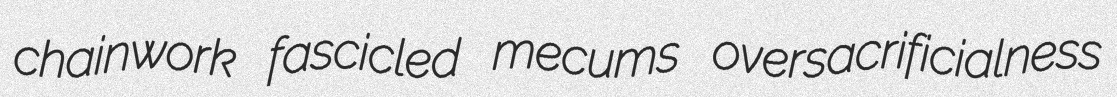
chainwork fascicled mecums oversacrificialness